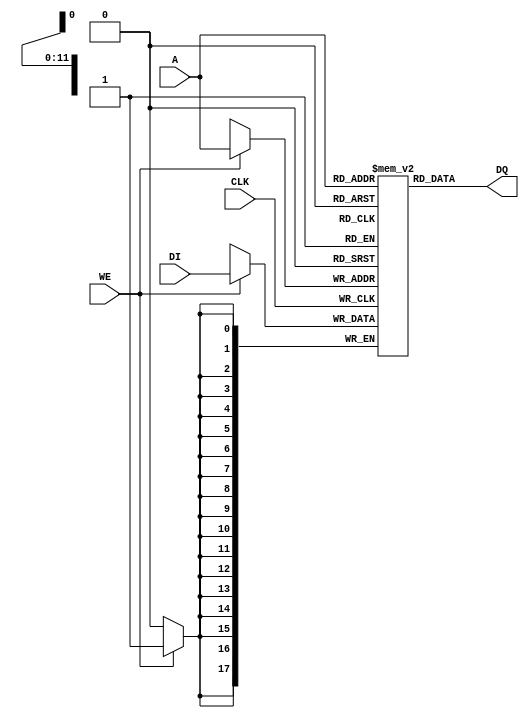
module prog_bit_mem(
	CLK, 
	A, WE, DI, DQ);

parameter DW = 18;
parameter AW = 12;
parameter MEM_SIZE = (1 << AW);

input CLK;
input [AW-1:0] A;
input WE;
input [DW-1:0] DI;
output [DW-1:0] DQ;
	
(* ram_style = "block" *) reg [DW-1:0] MEM [MEM_SIZE - 1 : 0];

reg	[11:0] IA_Q; 

always @(posedge CLK) begin
	if(WE) MEM[A] <= DI;
end	
	
assign DQ = MEM[A];


endmodule